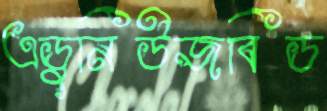
এডুনিউজবিড